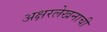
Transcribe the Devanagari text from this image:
अक्षरलेखनाची